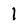
Character: 1